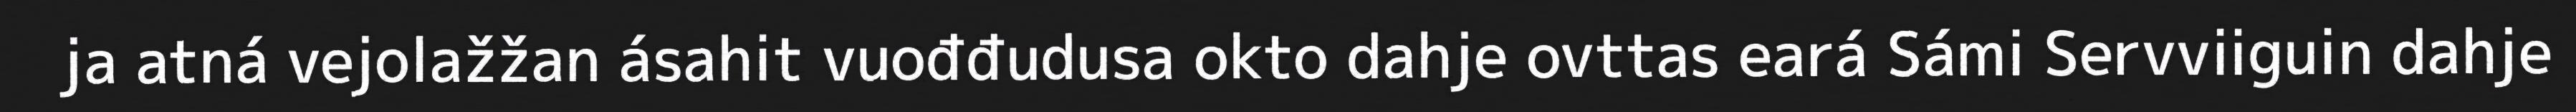
ja atná vejolažžan ásahit vuođđudusa okto dahje ovttas eará Sámi Servviiguin dahje